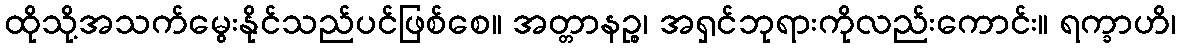
ထိုသို့အသက်မွေးနိုင်သည်ပင်ဖြစ်စေ။ အတ္တာနဉ္စ၊ အရှင်ဘုရားကိုလည်းကောင်း။ ရက္ခာဟိ၊